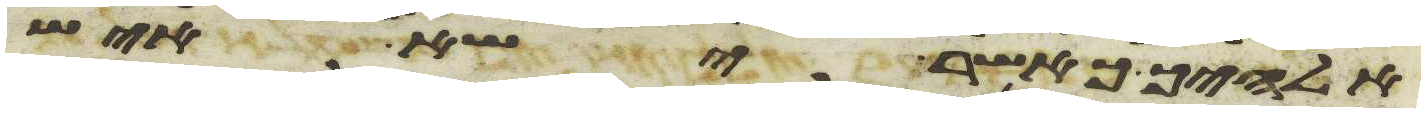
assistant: אלהיך כאשר ישא איש